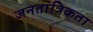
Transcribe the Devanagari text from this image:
जनतांत्रिकता